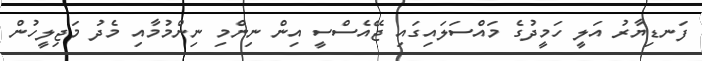
ފަނޑިޔާރު އަލީ ހަމީދުގެ މައްސަލައިގައި ޖޭއެސްސީ އިން ނިންމި ނިންމުމާއި މެދު މަޖިލީހުން